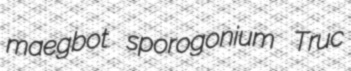
maegbot sporogonium Truc